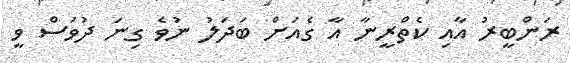
ރަންބީރު އާއި ކެތްރީނާ އާ ގެއަށް ބަދަލު ނުވެ ގިނަ ދުވަސް ވީ